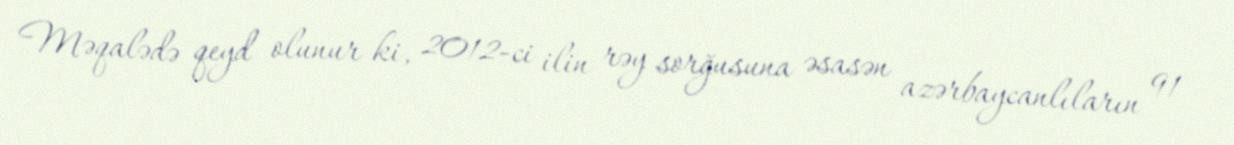
Məqalədə qeyd olunur ki, 2012-ci ilin rəy sorğusuna əsasən azərbaycanlıların 91